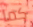
كما